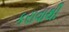
કરાવાથી